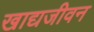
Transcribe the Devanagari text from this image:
खाद्यजीवन